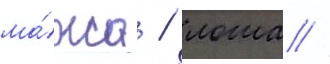
ма́жа / лоша /